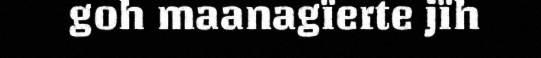
goh maanagïerte jïh